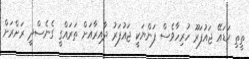
ތީތި ކަޑައޭ ޖައުފަރޫ ހުރިހާވެސް ފަންޔަކީ ޖައުފަރު ދާއިރާއަށް ތަރައްގީ ގެނެސްދީ ރަށްރަށް